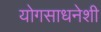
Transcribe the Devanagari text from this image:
योगसाधनेशी